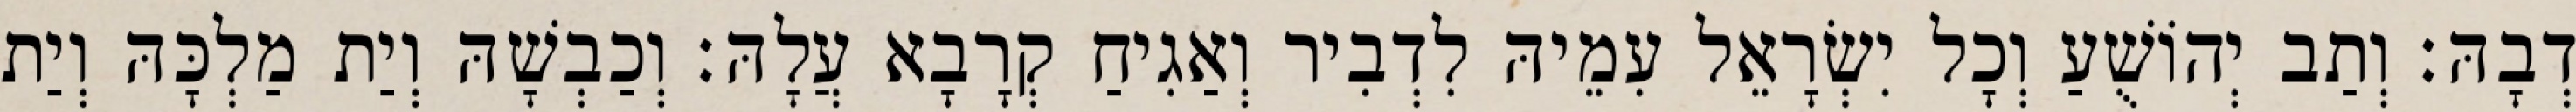
דְבָהּ׃ וְתַב יְהוֹשֻׁעַ וְכָל יִשְׂרָאֵל עִמֵיהּ לִדְבִיר וְאַגִיחַ קְרָבָא עֲלָהּ׃ וְכַבְשָׁהּ וְיַת מַלְכָּהּ וְיַת